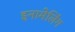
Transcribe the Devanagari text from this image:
इनामेलिंग